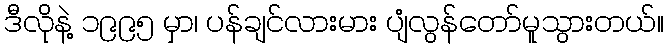
ဒီလိုနဲ့ ၁၉၉၅ မှာ၊ ပန်ချင်လားမား ပျံလွန်တော်မူသွားတယ်။